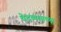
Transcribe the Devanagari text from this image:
वेदव्यासकृत